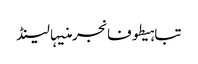
تباہیطوفانجرمنیہالینڈ